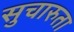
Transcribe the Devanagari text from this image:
सुचारुता